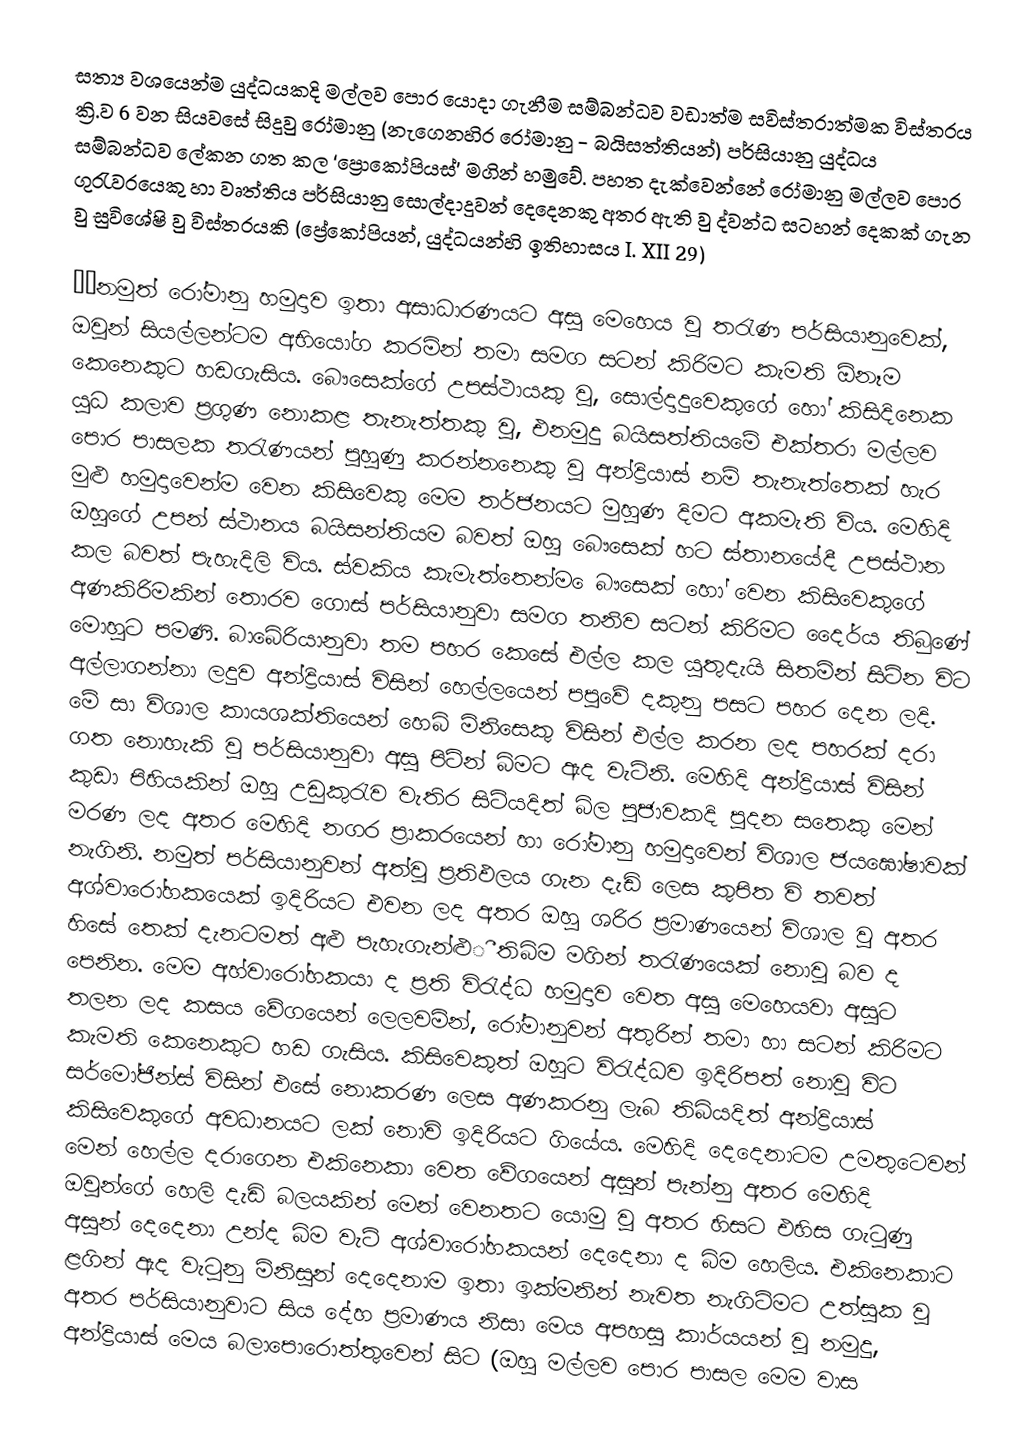
සත්‍ය වශයෙන්ම යුද්ධයකදි මල්ලව පොර යොදා ගැනීම සම්බන්ධව වඩාත්ම සවිස්තරාත්මක විස්තරය ක්‍රි.ව 6 වන සියවසේ සිදුවු රෝමානු (නැගෙනහිර රෝමානු - බයිසත්තියන්) පර්සියානු යුද්ධය සම්බන්ධව ලේකන ගත කල ‘ප්‍රොකෝපියස්’ මගින් හමුවේ. පහත දැක්වෙන්නේ රෝමානු මල්ලව පොර ගුරැවරයෙකු හා වෘත්තිය ‍පර්සියානු සොල්දාදුවන් දෙදෙනකු අතර ඇති වු ද්වන්ධ සටහන් දෙකක් ගැන වු සුවිශේෂි වු විස්තරයකි (ප්‍රේකෝපියන්, යුද්ධ‍යන්හි ඉතිහාසය I. XII 29)

	‘’නමුත් රෝමානු හමුදාව ඉතා අසාධාරණයට අසු මෙහෙය වු තරැණ පර්සියානුවෙක්, ඔවුන් සියල්ලන්ටම අභියෝග කරමින් තමා සමග සටන් කිරිමට කැමති ඕනෑම කෙනෙකුට හඩගැසිය. බෞසෙක්ගේ උපස්ථායකු වු, සොල්දාදුවෙකුගේ හෝ කිසිදිනෙක යුධ කලාව ප්‍රගුණ නොකළ තැනැත්තකු වු, එනමුදු බයි‍සත්තිය‍මේ එක්තරා මල්ලව පොර පාසලක තරැණයන් පුහුණු කරන්නනෙකු වු අන්ද්‍රියාස් නම් තැනැත්තෙක් හැර මුළු හමුදාවෙන්ම වෙන කිසිවෙකු මෙම තර්ජනයට මුහුණ දිමට අකමැති විය. මෙහිදි ඔහුගේ උපන් ස්ථානය බයිසන්තියම බවත් ඔහු බෞසෙක් හට ස්තානයේදී උපස්ථාන කල බවත් පැහැදිලි විය. ස්වකිය කැමැත්තෙන්ම ‍ෙබෟසෙක් හෝ වෙන කිසිවෙකුගේ අණකිරිමකින් තොරව ගොස් පර්සියානුවා සමග තනිව සටන් කිරිමට දෛර්ය තිබුණේ මොහුට පමණි. බාබේරියානුවා තම පහර කෙසේ එල්ල කල යුතුදැයි සිතමින් සිටින විට අල්ලාගන්නා ලදුව අන්ද්‍රියාස් විසින් හෙල්‍ලයෙන් පපුවේ දකුනු පසට පහර දෙන ලදි. මේ සා විශාල කායශක්තියෙන් හෙබි මිනිසෙකු විසින් එල්ල කරන ලද පහරක් දරා ගත නොහැකි වු පර්සියානුවා අසු පිටින් බිමට ඇද වැටිනි. මෙහිදි අන්ද්‍රියාස් විසින් කුඩා පිහියකින් ඔහු උඩුකුරැව වැතිර සිටියදිත් බිල පුජාවකදි පුදන සතෙකු මෙන් මරණ ලද අතර මෙහිදි නගර ප්‍රාකරයෙන් හා රෝමානු හමුදාවෙන් විශාල ජයඝෝෂාවක් නැගිනි. නමුත් පර්සියානුවන් අත්වු ප්‍රතිඵලය ගැන දැඩි ලෙස කුපිත වි තවත් අශ්වාරෝහකයෙක් ඉදිරියට එවන ලද අතර ඔහු ශරිර ප්‍රමාණයෙන් විශාල වු අතර හිසේ තෙක් දැනටමත් අළු පැහැගැන්ළුී තිබිම මගින් තරැණයෙක් නොවු බව ද පෙනින. මෙම අහ්වාරෝහකයා ද ප්‍රති විරැද්ධ හමුදාව වෙත අසු මෙහෙයවා අසුට තලන ලද කසය වේගයෙන් ලෙලවමින්,  රෝමානුවන්  අතුරින් තමා හා සටන් කිරිමට කැමති කෙනෙකුට හඩ ගැසිය. කිසිවෙකුත් ඔහුට විරැද්ධව ඉදිරිපත් නොවු විට සර්මෝජින්ස් විසින් එසේ නොකරණ ලෙස අණකරනු ලැබ තිබියදිත් අන්ද්‍රියාස් කිසි‍වෙකුගේ අවධානයට ලක් නොවි ඉදිරියට ගියේය. මෙහිදි දෙදෙනාටම උමතුටෙවන් මෙන් හෙල්ල දරාගෙන එකිනෙකා වෙත වේගයෙන් අසුන් පැන්නු අතර මෙහිදි ඔවුන්ගේ හෙලි දැඩි බලයකින් මෙන් වෙනතට යොමු වු අතර හිසට  එහිස ගැටුණු අසුන් දෙදෙනා උන්ද බිම වැටි අශ්වාරෝහකයන් දෙදෙනා ද බිම හෙලිය. එකිනෙකාට ළගින් ඇද වැටුනු මිනිසුන් දෙදෙනාම ඉතා ඉක්මනින් නැවත නැගිටිමට උත්සුක වු අතර පර්සියානුවාට සිය‍ දේහ ප්‍රමාණය නිසා මෙය අපහසු කාර්යයන් වු නමුදු, අන්ද්‍රියාස් මෙය බලාපෙ‍ාරොත්තුවෙන් සිට (ඔහු මල්ලව පොර පාසල මෙම වාස